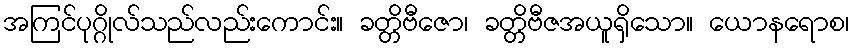
အကြင်ပုဂ္ဂိုလ်သည်လည်းကောင်း။ ခတ္တိဗီဇော၊ ခတ္တိဗီဇအယူရှိသော။ ယောနရောစ၊